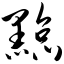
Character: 黥